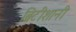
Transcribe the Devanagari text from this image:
ब्रिटीशानी